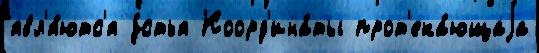
явл'я́ютс'я у́стья Коорд'ина́ты прот'ека́ющаjа